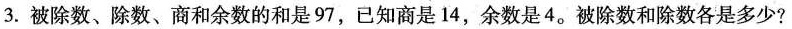
3.被除数、除数、商和余数的和是97，已知商是14，余数是4。被除数和除数各是多少?